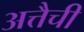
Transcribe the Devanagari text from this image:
अत्तैची